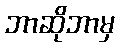
ဘာဆိုဘာမှ